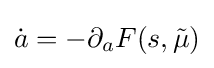
{\dot {a}}=-\partial _{a}F(s,{\tilde {\mu }})